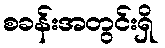
စခန်းအတွင်းရှိ